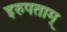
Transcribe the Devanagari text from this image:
इरुपताम्